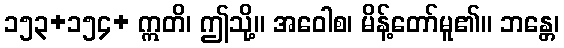
၁၅၃+၁၅၄+ ဣတိ၊ ဤသို့။ အဝေါစ၊ မိန့်တော်မူ၏။ ဘန္တေ၊